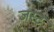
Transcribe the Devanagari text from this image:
जस्‍ट